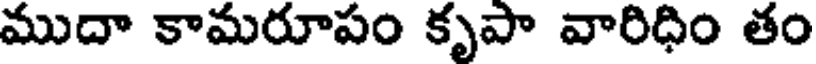
ముదా కామరూపం కృపా వారిధిం తం